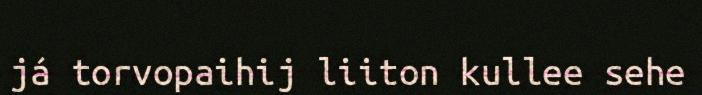
já torvopaihij liiton kullee sehe